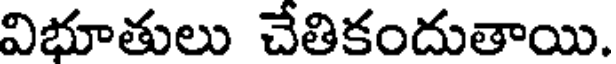
విభూతులు చేతికందుతాయి.